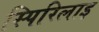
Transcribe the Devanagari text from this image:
स्पिरिलाइ